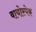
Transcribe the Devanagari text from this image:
बायोस्पेक